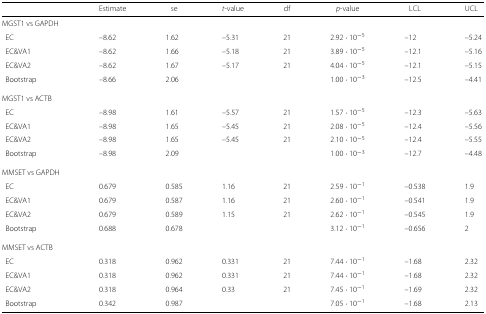
|  | Estimate | se | t-value | df | p-value | LCL | UCL |
 | --- | --- | --- | --- | --- | --- | --- | --- |
 | MGST1 vs GAPDH |  |  |  |  |  |  |  |
 | EC | –8.62 | 1.62 | –5.31 | 21 | 2.92·10−5 | –12 | –5.24 |
 | EC&VA1 | –8.62 | 1.66 | –5.18 | 21 | 3.89·10−5 | –12.1 | –5.16 |
 | EC&VA2 | –8.62 | 1.67 | –5.17 | 21 | 4.04·10−5 | –12.1 | –5.15 |
 | Bootstrap | –8.66 | 2.06 |  |  | 1.00·10−3 | –12.5 | –4.41 |
 | MGST1 vs ACTB |  |  |  |  |  |  |  |
 | EC | –8.98 | 1.61 | –5.57 | 21 | 1.57·10−5 | –12.3 | –5.63 |
 | EC&VA1 | –8.98 | 1.65 | –5.45 | 21 | 2.08·10−5 | –12.4 | –5.56 |
 | EC&VA2 | –8.98 | 1.65 | –5.45 | 21 | 2.10·10−5 | –12.4 | –5.55 |
 | Bootstrap | –8.98 | 2.09 |  |  | 1.00·10−3 | –12.7 | –4.48 |
 | MMSET vs GAPDH |  |  |  |  |  |  |  |
 | EC | 0.679 | 0.585 | 1.16 | 21 | 2.59·10−1 | –0.538 | 1.9 |
 | EC&VA1 | 0.679 | 0.587 | 1.16 | 21 | 2.60·10−1 | –0.541 | 1.9 |
 | EC&VA2 | 0.679 | 0.589 | 1.15 | 21 | 2.62·10−1 | –0.545 | 1.9 |
 | Bootstrap | 0.688 | 0.678 |  |  | 3.12·10−1 | –0.656 | 2 |
 | MMSET vs ACTB |  |  |  |  |  |  |  |
 | EC | 0.318 | 0.962 | 0.331 | 21 | 7.44·10−1 | –1.68 | 2.32 |
 | EC&VA1 | 0.318 | 0.962 | 0.331 | 21 | 7.44·10−1 | –1.68 | 2.32 |
 | EC&VA2 | 0.318 | 0.964 | 0.33 | 21 | 7.45·10−1 | –1.69 | 2.32 |
 | Bootstrap | 0.342 | 0.987 |  |  | 7.05·10−1 | –1.68 | 2.13 |